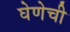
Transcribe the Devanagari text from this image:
घेणेची